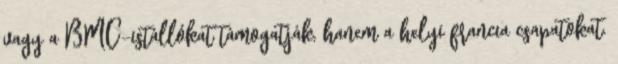
vagy a BMC-istállókat támogatják, hanem a helyi francia csapatokat.